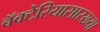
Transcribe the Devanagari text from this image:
बॅक्टेरियासारख्या